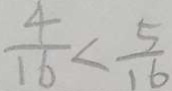
\frac { 4 } { 1 6 } < \frac { 5 } { 1 6 }